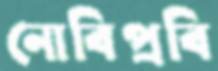
নোবিপ্রবি